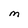
Character: M